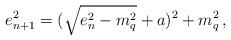
\begin{align*}e_{n+1}^2 = ( \sqrt{e_{n}^2 -m_q^2} + a )^2 + m_q^2 \, , \end{align*}